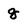
Character: g